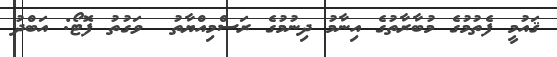
ޤައުމީ ފެތުމުގެ މުބާރާތުގެ އިނާމު ދިނުމުގެ ރަސްމިއްޔާތު  ވަގުތު ފޮޓޯ: އަބްދު